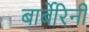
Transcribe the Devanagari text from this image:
बार्बेरिनी